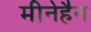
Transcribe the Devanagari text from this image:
मीनेहैन